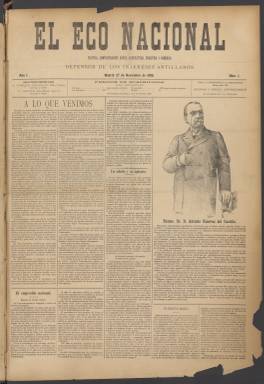
Título: El Eco nacional (Madrid. 1896)
Colección: Periódicos
Ámbito geográfico: Madrid
Lugar de publicación: Madrid
Fechas: 27/11/1896-12/06/1899